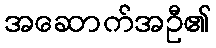
အဆောက်အဦ၏